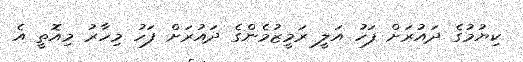
ކިޔުމުގެ ދައުރަށް ފަހު އަލީ ރަމީޒުމެންގެ ދައުރަށް ފަހު މިހާރު މިއޮތީ އެ